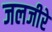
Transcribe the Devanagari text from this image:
जलजीरे